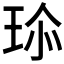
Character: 𤤽